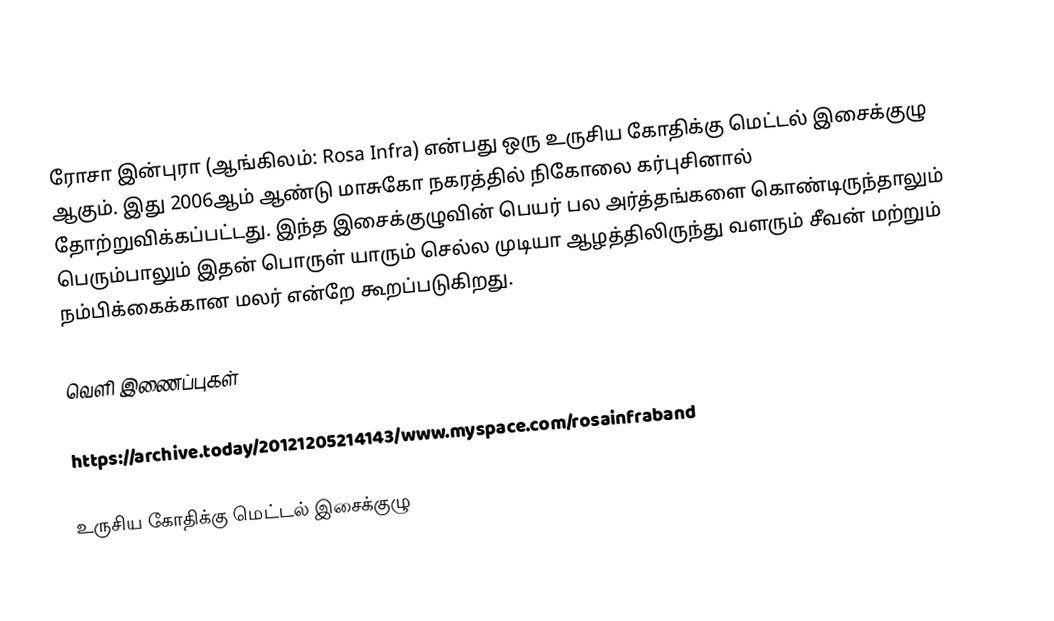
ரோசா இன்புரா (ஆங்கிலம்: Rosa Infra) என்பது ஒரு உருசிய கோதிக்கு மெட்டல் இசைக்குழு ஆகும். இது 2006ஆம் ஆண்டு மாசுகோ நகரத்தில் நிகோலை கர்புசினால் தோற்றுவிக்கப்பட்டது. இந்த இசைக்குழுவின் பெயர் பல அர்த்தங்களை கொண்டிருந்தாலும் பெரும்பாலும் இதன் பொருள் யாரும் செல்ல முடியா ஆழத்திலிருந்து வளரும் சீவன் மற்றும் நம்பிக்கைக்கான மலர் என்றே கூறப்படுகிறது.

வெளி இணைப்புகள்

https://archive.today/20121205214143/www.myspace.com/rosainfraband

உருசிய கோதிக்கு மெட்டல் இசைக்குழு